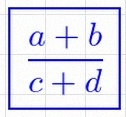
\frac{a+b}{c+d}